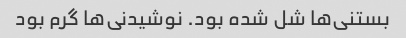
بستنی‌ها شل شده بود. نوشیدنی‌ها گرم بود